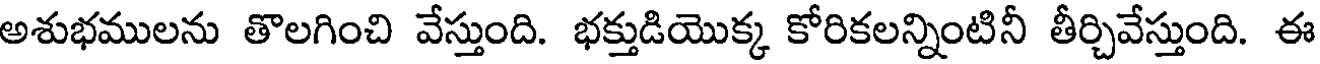
అశుభములను తొలగించి వేస్తుంది. భక్తుడియొక్క కోరికలన్నింటినీ తీర్చివేస్తుంది. ఈ